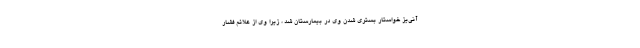
آنی‌یز خواستار بستری شدن وی در بیمارستان شد ، زیرا وی از علائم فشار